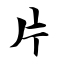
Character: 片